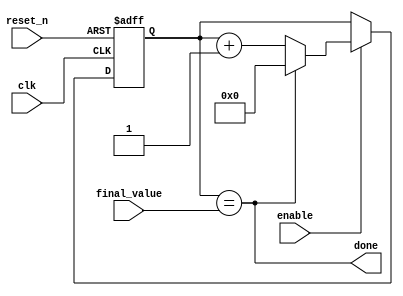
module timer_counter_inp
#(parameter N = 4)
(
input clk, reset_n,
input enable,
input [N-1:0] final_value,
output done
);
reg [N-1:0]Q_reg, Q_next;       

always @(posedge clk, negedge reset_n)
begin
     if (!reset_n)
     Q_reg <= 'b0;
     else if (enable)
     Q_reg <= Q_next;
     else
     Q_reg <= Q_reg;
end

assign done = Q_reg == final_value;
always @(*)
begin
    Q_next = done? 'b0 : Q_reg +1;   
end
  
endmodule